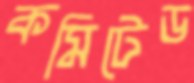
কমিটেড